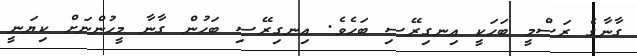
ގާނާގެ ރަސްމީ ބަހަކީ އިނގިރޭސި ބަހެވެ. އިނގިރޭސި ބަހުން ގާނާ މީހުންނަށް ކިޔަނީ